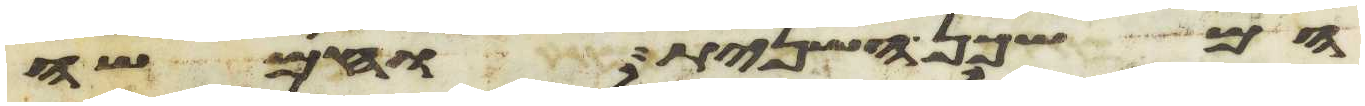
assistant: המשכן השנית וחמשה